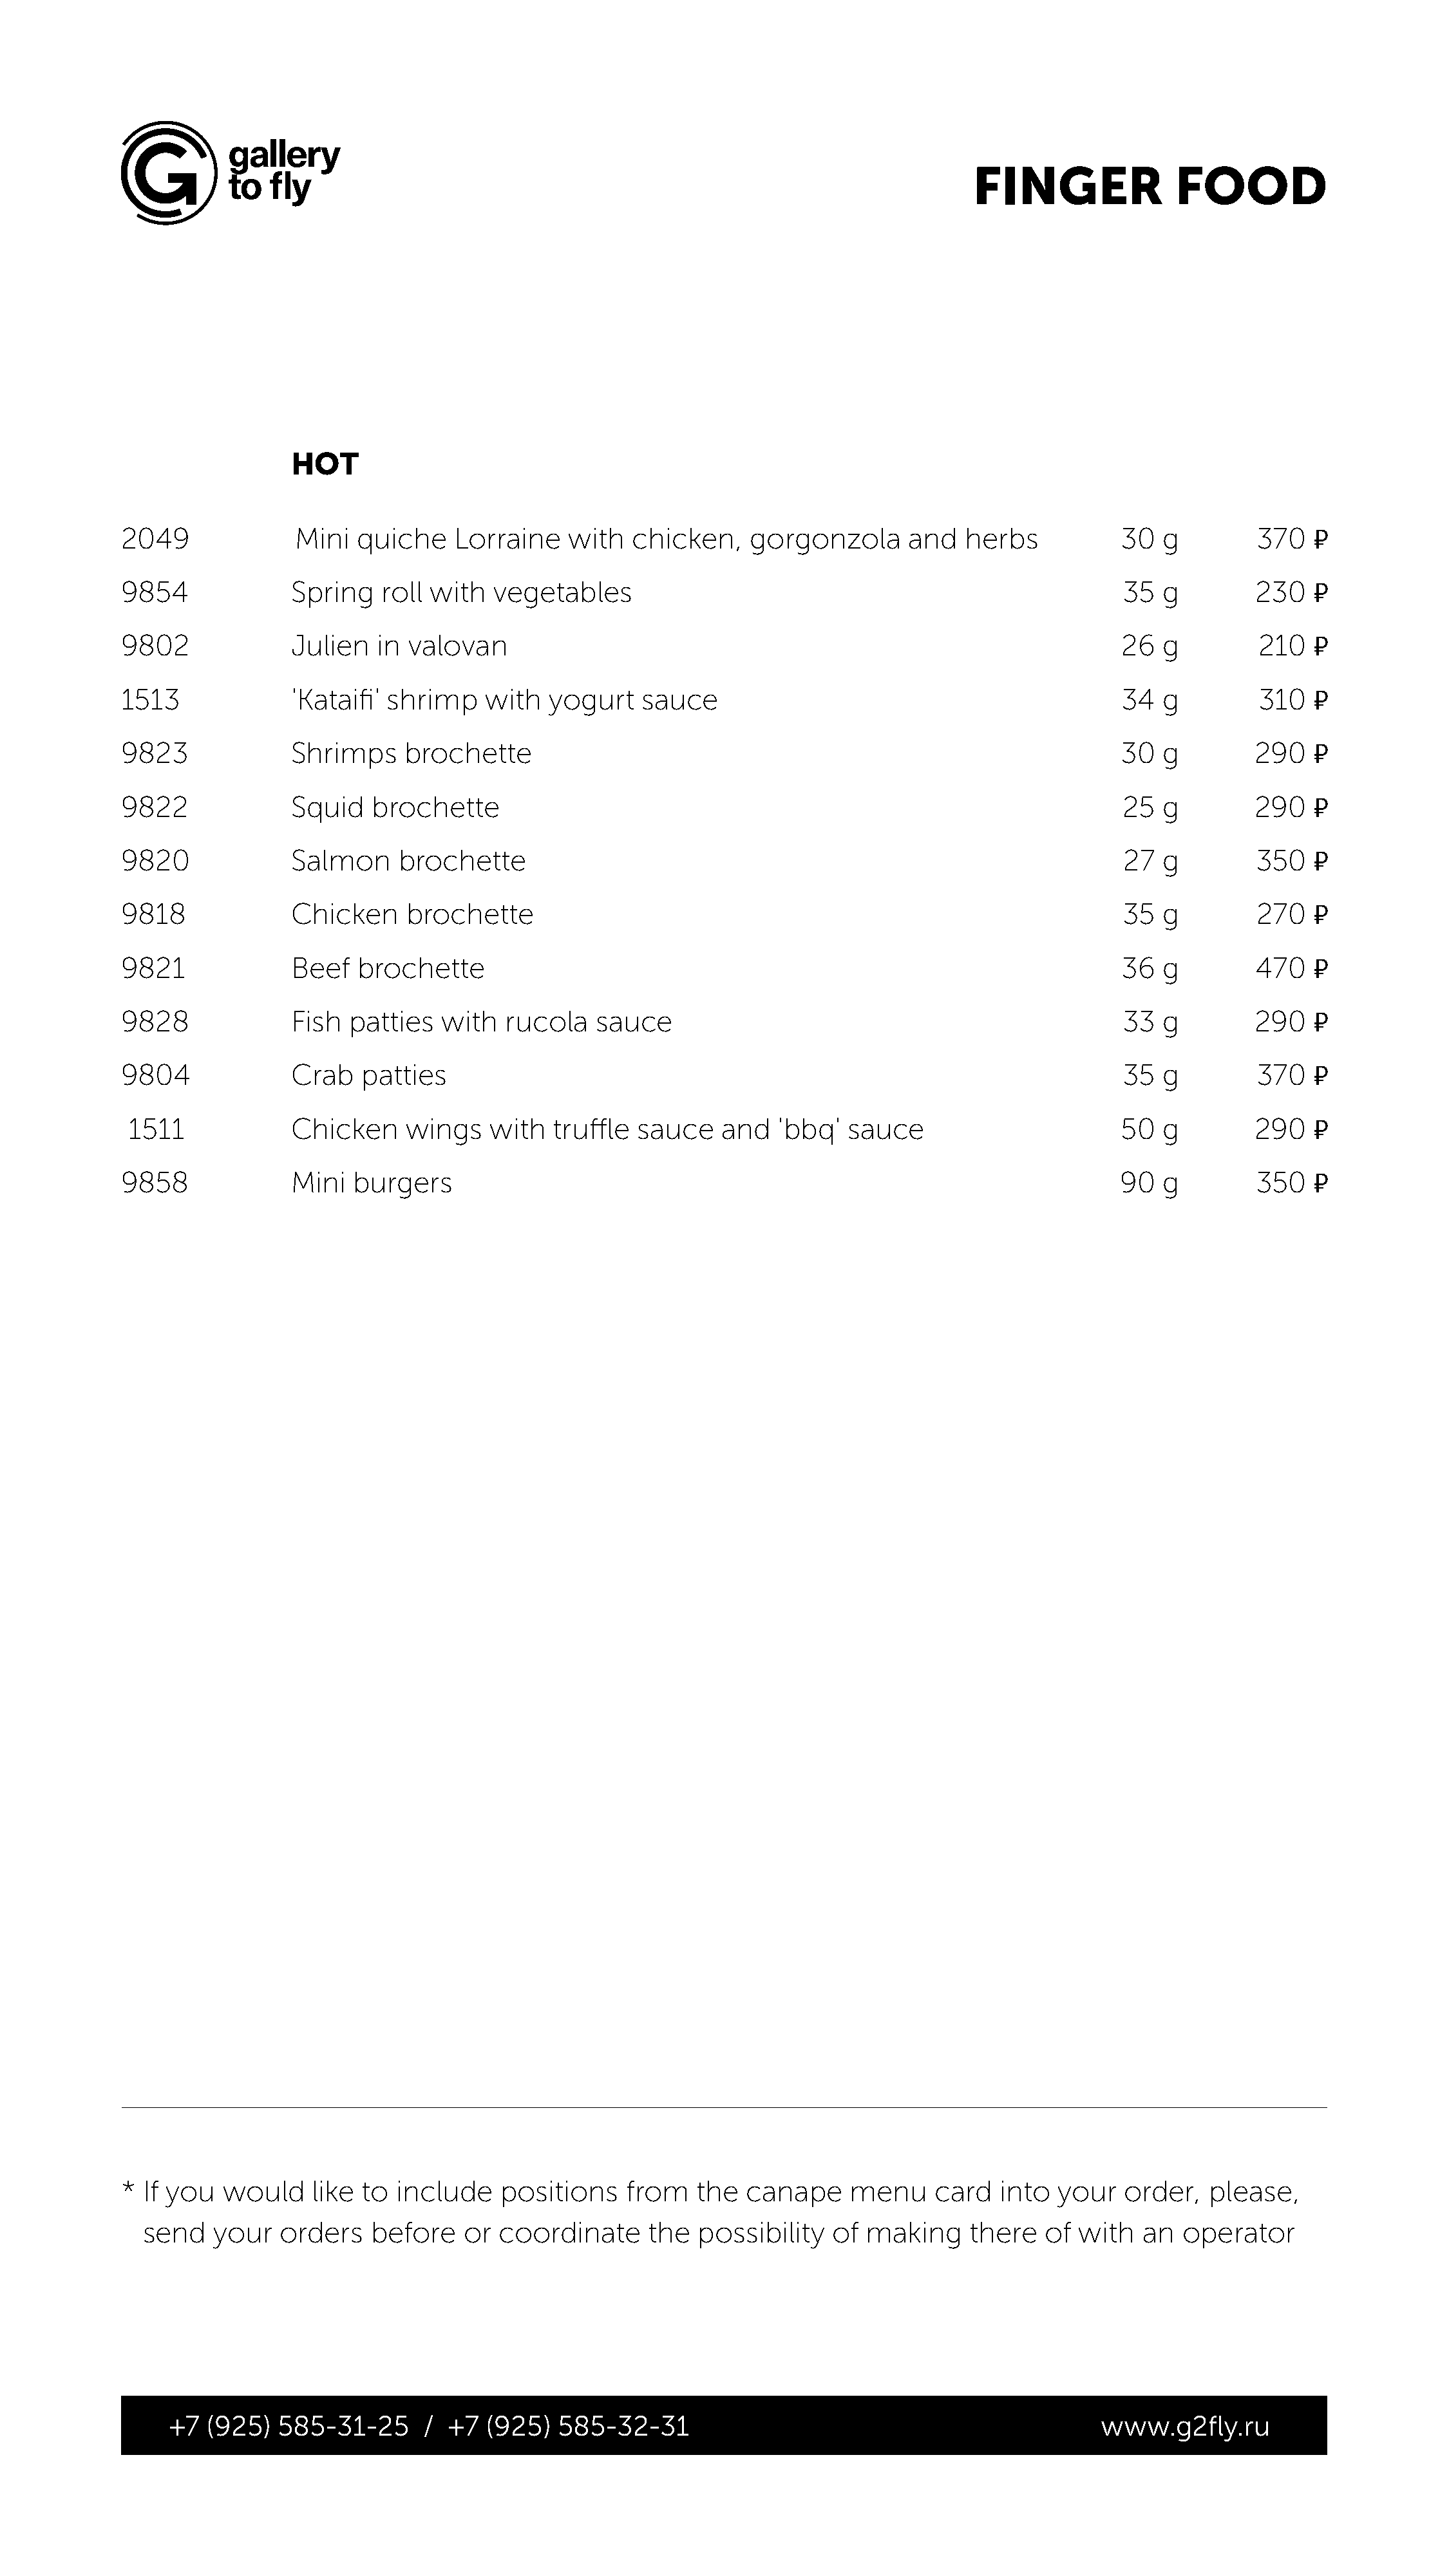
FINGER               FOOD
 HOT
 2049              Mini   quiche    Lorraine   with   chicken,    gorgonzola      and   herbs           30   g        370   �
 9854              Spring   roll with   vegetables                                                      35   g        230   �
 9802              Julien   in valovan                                                                  26   g        210   �
 1513              'Kataifi' shrimp    with  yogurt    sauce                                            34   g        310   �
 9823              Shrimps     brochette                                                                30   g        290   �
 9822              Squid   brochette                                                                    25   g        290   �
 9820              Salmon     brochette                                                                 27   g        350   �
 9818              Chicken     brochette                                                                35   g        270   �
 9821              Beef   brochette                                                                     36   g        470   �
 9828              Fish  patties  with   rucola   sauce                                                 33   g        290   �
 9804              Crab   patties                                                                       35   g        370   �
 1511             Chicken     wings   with   truffle  sauce   and   'bbq'  sauce                       50   g        290   �
 9858              Mini  burgers                                                                        90   g        350   �
 *  If you  would    like to  include   positions    from    the  canape    menu     card   into  your   order,  please,
 send   your   orders   before    or coordinate      the  possibility   of making     there  of  with  an   operator
 ++77 ((992255)) 558855--3311--2255 // ++77 ((992255)) 558855--3322--3311                        wwwwww..gg22flflyy..rruu